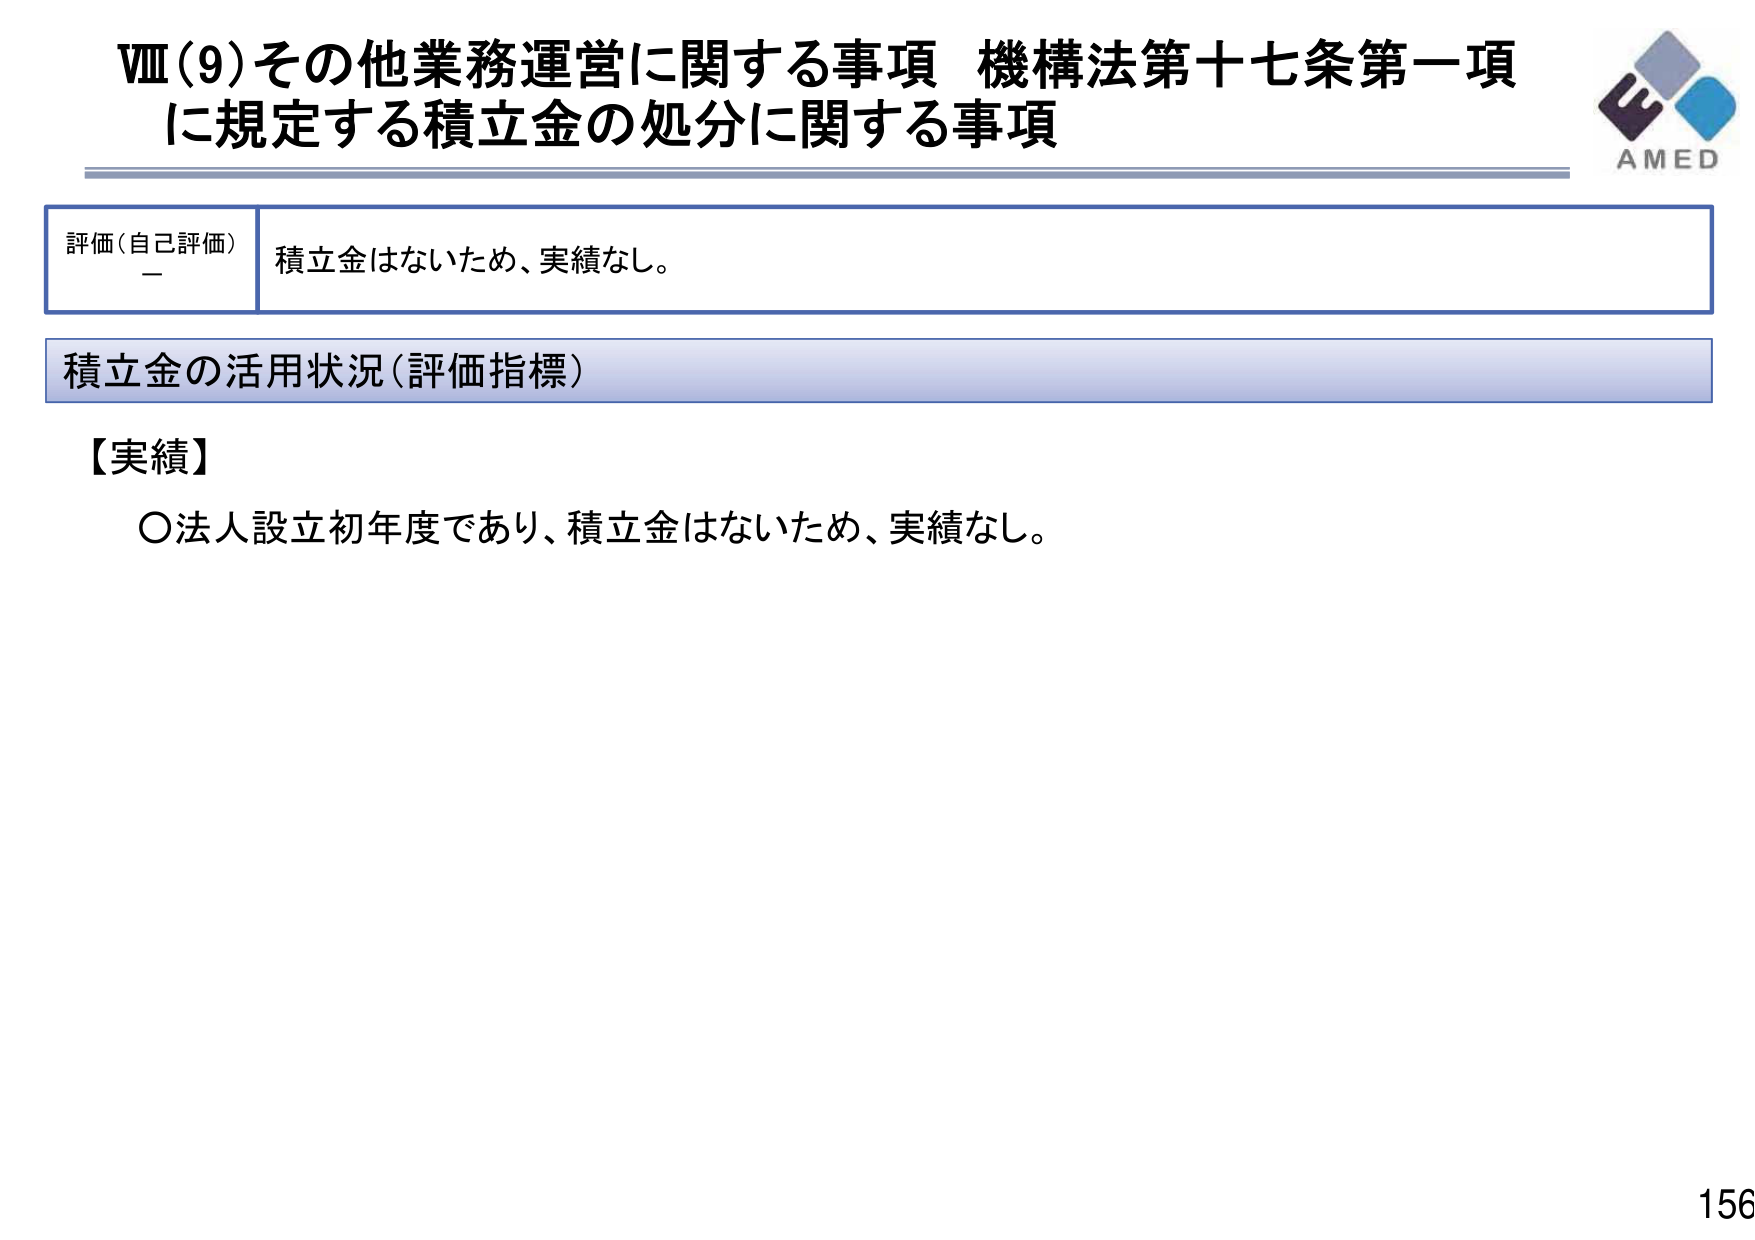
Ⅷ(9)その他業務運営に関する事項 機構法第十七条第一項
に規定する積立金の処分に関する事項

評価(自己評価)
－
積立金はないため、実績なし。

積立金の活用状況(評価指標)

【実績】
○法人設立初年度であり、積立金はないため、実績なし。

AMED
156